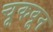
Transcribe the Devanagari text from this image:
चूकवून